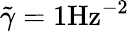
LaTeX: \tilde{\gamma}=1\textrm{Hz}^{-2}